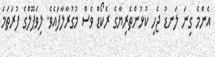
އެންމެ ގިނަ ލަނޑު ޖެހި ކުޅުންތެރިޔާގެ ރެކޯޑް ވެސް މުގުރާލާފައެވެ. ލިވަޕޫލްގެ ފުރަތަމަ